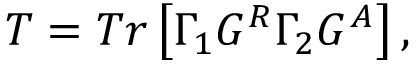
T = T r \left[ \Gamma _ { 1 } G ^ { R } \Gamma _ { 2 } G ^ { A } \right] ,